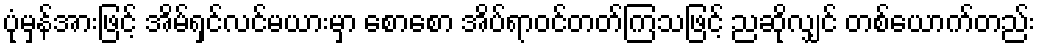
ပုံမှန်အားဖြင့် အိမ်ရှင်လင်မယားမှာ စောစော အိပ်ရာဝင်တတ်ကြသဖြင့် ညဆိုလျှင် တစ်ယောက်တည်း